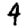
Digit: 4